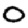
Digit: 0